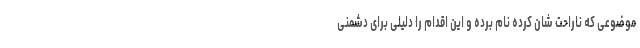
موضوعی که ناراحت شان کرده نام برده و این اقدام را دلیلی برای دشمنی